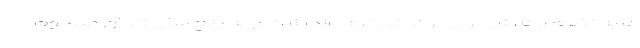
علیه نظام و تلاش برای براندازی نرم بازداشت و به پنج سال زندان محکوم